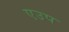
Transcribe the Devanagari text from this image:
एउप